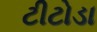
ટીટોડા